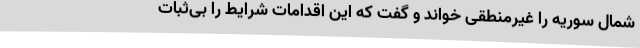
شمال سوریه را غیرمنطقی خواند و گفت که این اقدامات شرایط را بی‌ثبات